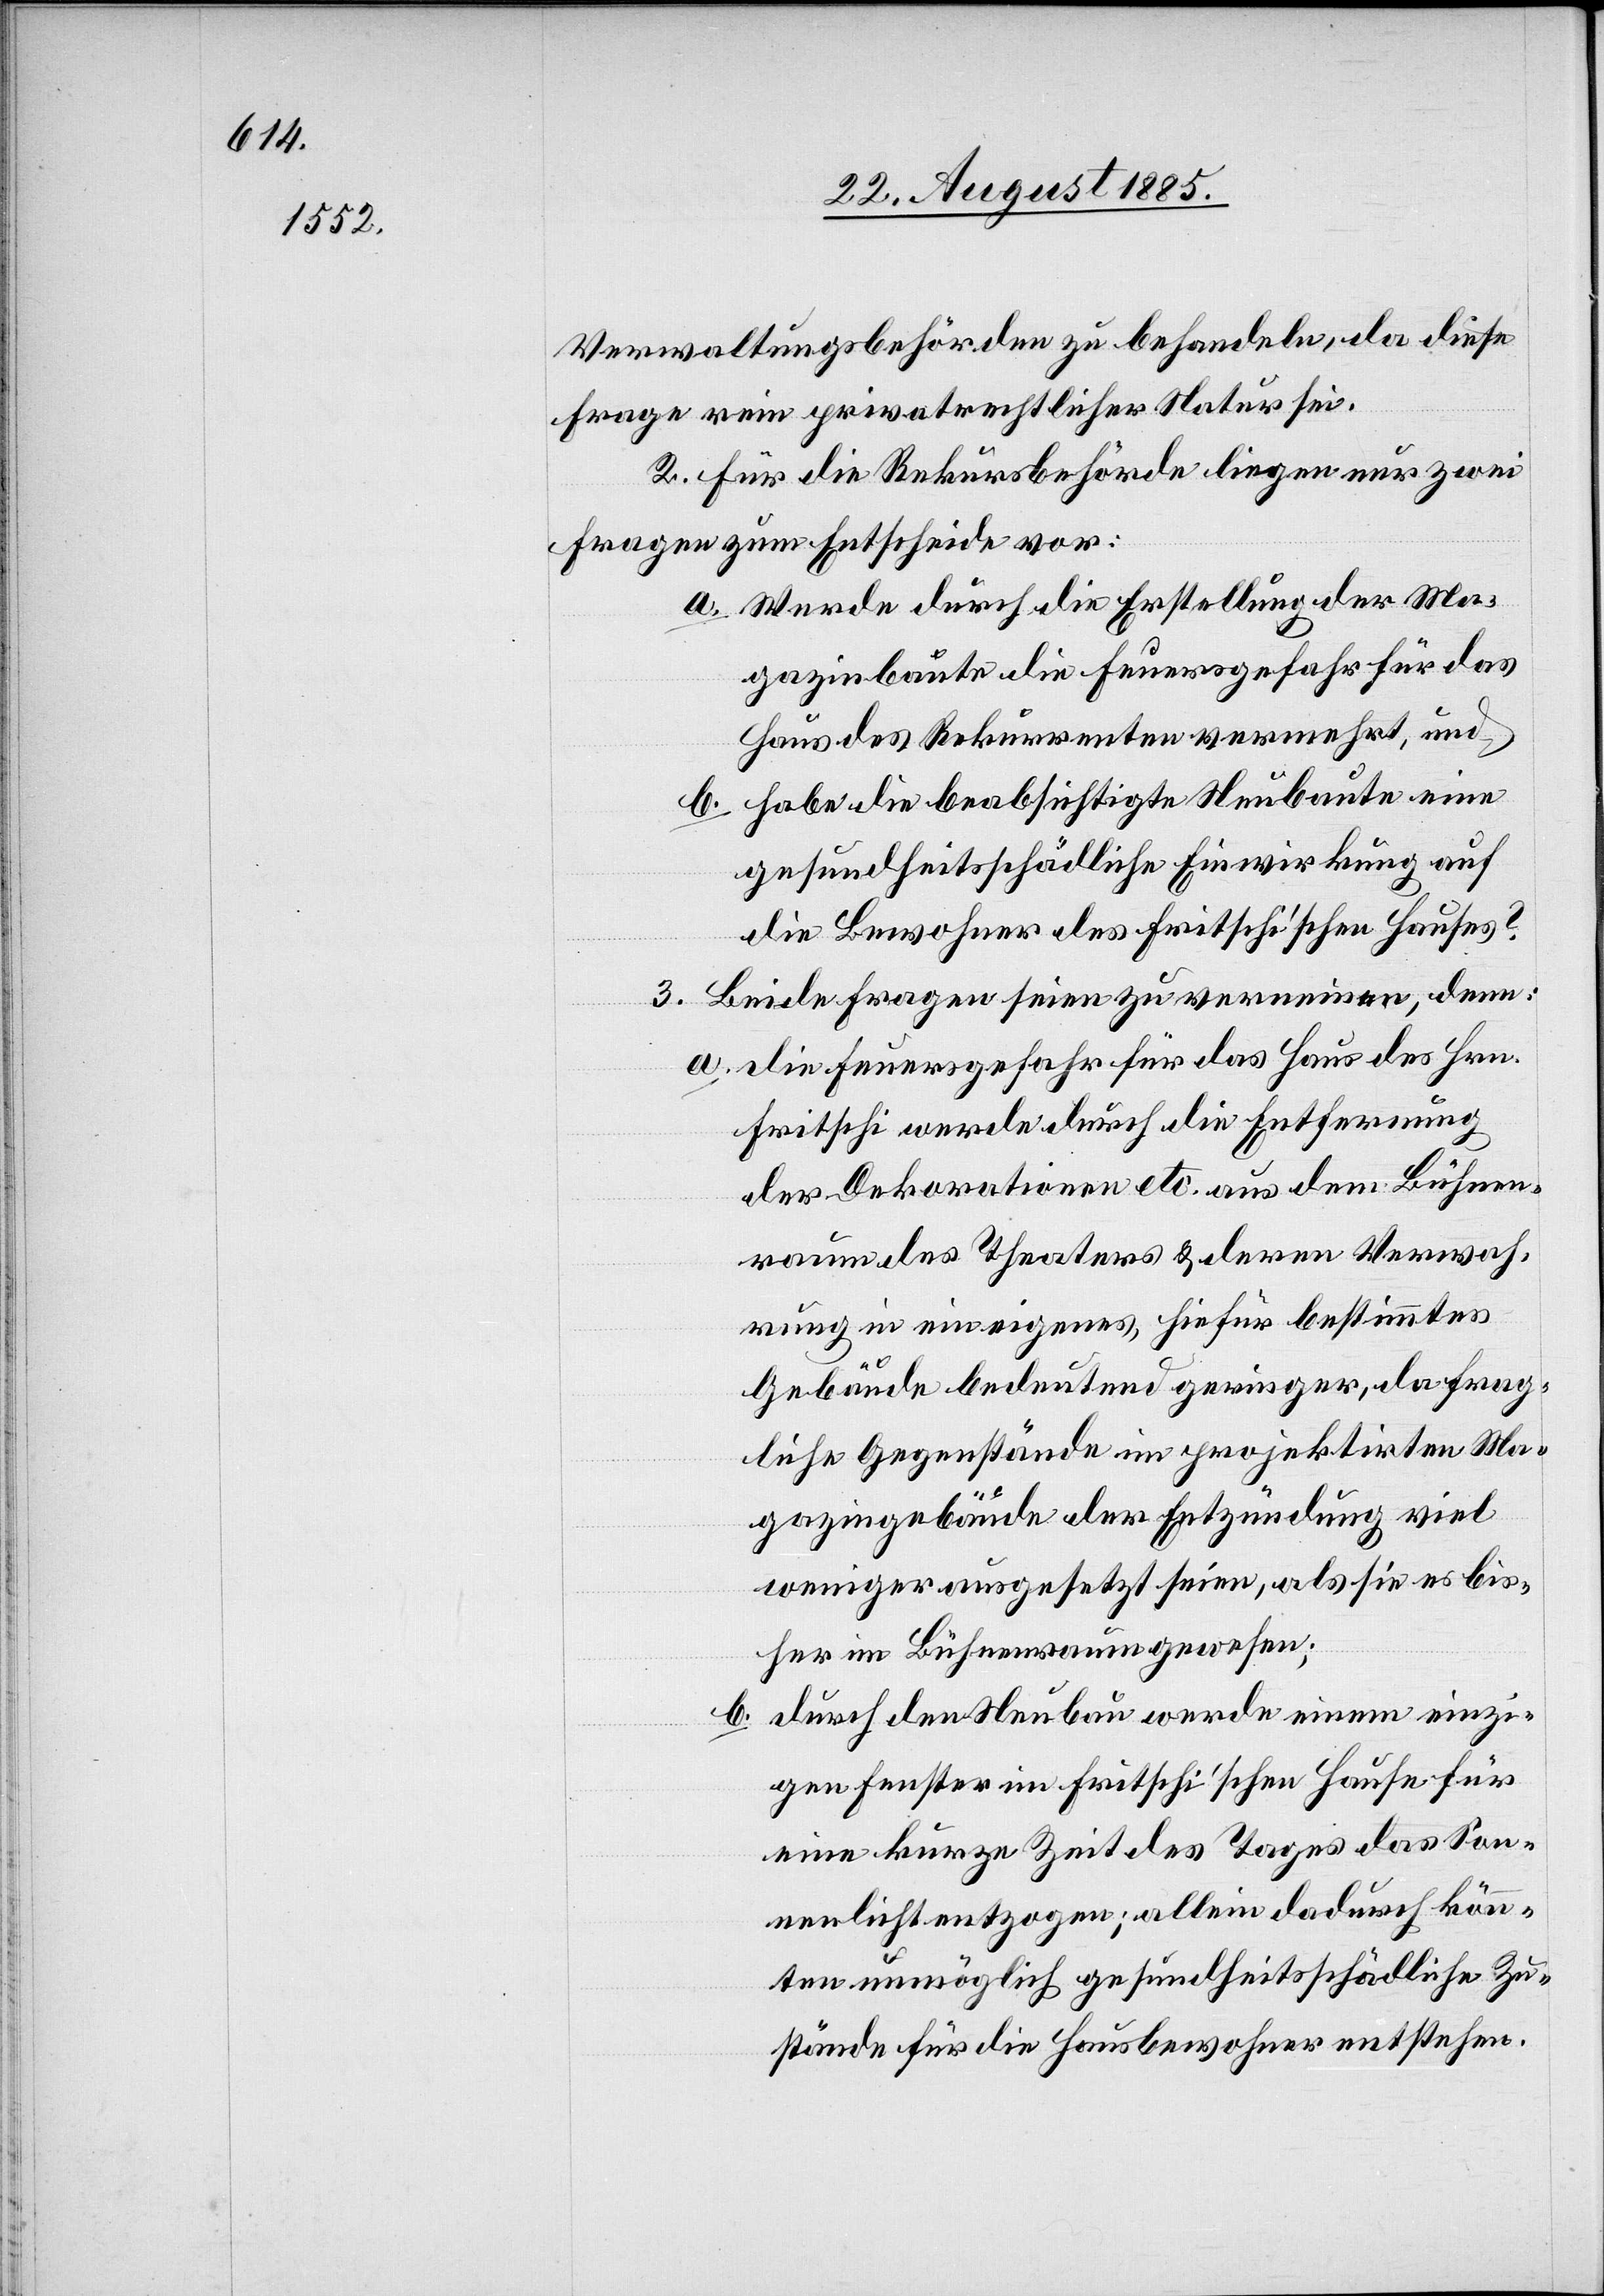
Verwaltungsbehörden zu behandeln, da diese
Frage rein privatrechtlicher Natur sei.
2. Für die Rekursbehörde liegen nur zwei
Fragen zum Entscheide vor:
a. Werde durch die Erstellung der Ma¬
gazinbaute die Feuersgefahr für das
Haus des Rekurrenten vermehrt, und
b. habe die beabsichtigte Neubaute eine
gesundheitsschädliche Einwirkung auf
die Bewohner des Frischti’schen Hauses?
3. Beide Fragen seien zu verneinen denn:
a. die Feuersgefahr für das Haus des Hrn.
Fritschi werde durch die Entfernung
der Dekorationen etc. aus dem Bühnen¬
raum des Theaters & deren Verwah¬
rung in ein eigenes, hiefür bestimmtes
Gebäude bedeutend geringer, da frag¬
liche Gegenstände im projektirten Ma¬
gazingebäude der Entzündung viel
weniger ausgesetzt seien, als sie es bis¬
her im Bühnenraum gewesen;
durch den Neubau werde einem einzi¬
b.
gen Fenster im Fritschi’schen Hause für
eine kurze Zeit des Tages das Son¬
nenlicht entzogen; allein dadurch könn¬
ten unmöglich gesundheitsschädliche Zu¬
stände für die Hausbewohner entstehen.